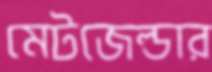
মেটজেল্ডার